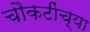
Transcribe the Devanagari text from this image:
चौकटींच्या